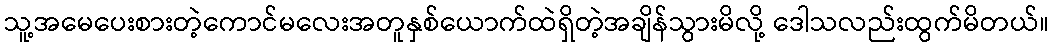
သူ့အမေပေးစားတဲ့ကောင်မလေးအတူနှစ်ယောက်ထဲရှိတဲ့အချိန်သွားမိလို့ ဒေါသလည်းထွက်မိတယ်။